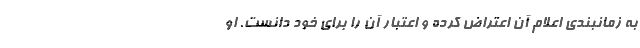
به زمانبندی اعلام آن اعتراض کرده و اعتبار آن را برای خود دانست. او